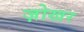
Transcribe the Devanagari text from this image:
ज़ोखर